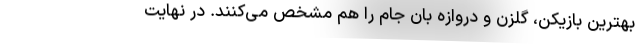
بهترین بازیکن، گلزن و دروازه بان جام را هم مشخص می‌کنند. در نهایت